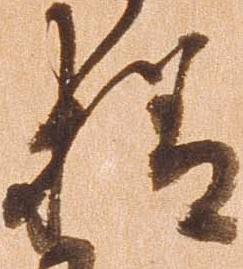
様